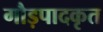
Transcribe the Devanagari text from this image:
गौड़पादकृत